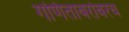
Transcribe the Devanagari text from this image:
गणिताबरोबरच